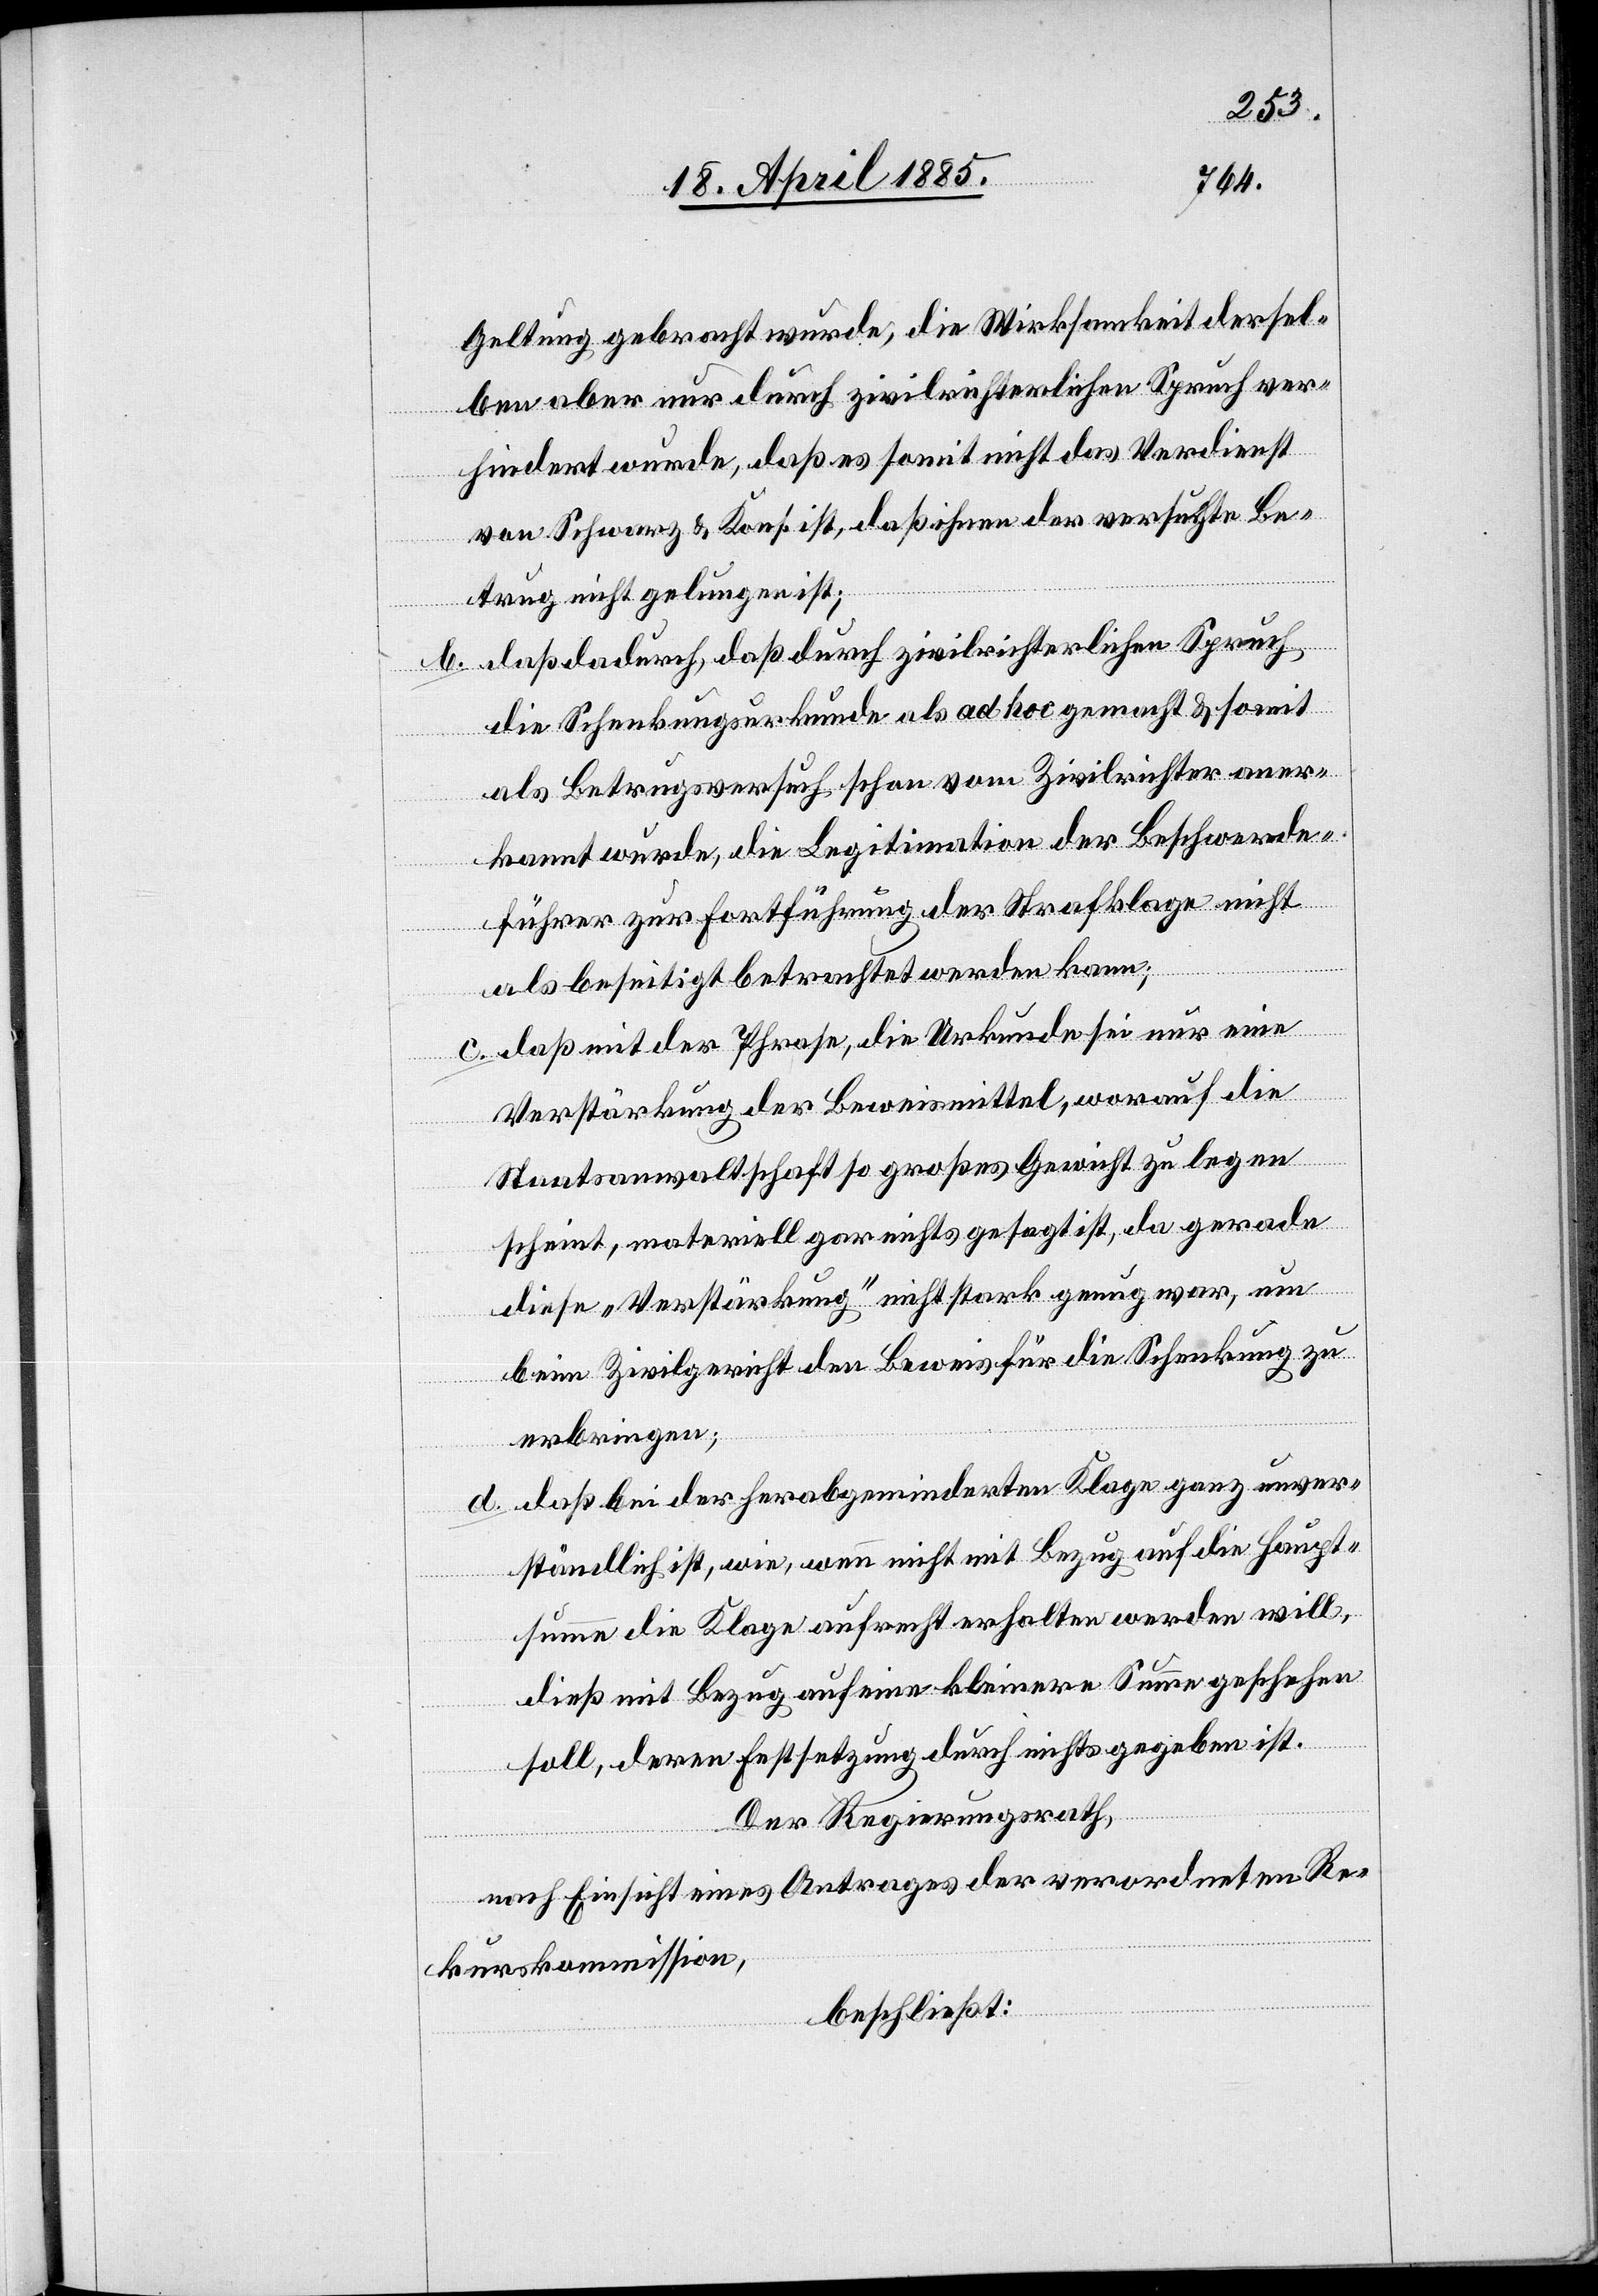
Geltung gebracht wurde, die Wirksamkeit dersel¬
ben aber nur durch zivilrichterlichen Spruch ver¬
hindert wurde, daß es somit nicht das Verdienst
von Schwarz & Kons. ist, daß ihnen der versuchte Be¬
trug nicht gelungen ist;
b. daß dadurch daß durch zivilrichterlichen Spruch
die Schenkungsurkunde als ad hoc gemacht & somit
als Betrugsversuch schon vom Zivilrichter aner¬
kannt wurde, die Legitimation der Beschwerde¬
führer zur Fortführung der Strafklage nicht
als beseitigt betrachtet werden kann;
c. daß mit der Phrase, die Urkunde sei nur eine
Verstärkung der Beweismittel, worauf die
Staatsanwaltschaft so großes Gewicht zu legen
scheint, materiell gar nichts gesagt ist, da gerade
diese „Verstärkung“ nicht stark genug war, um
beim Zivilgericht den Beweis für die Schenkung zu
erbringen;
d. daß bei der herabgeminderten Klage ganz unver¬
ständlich ist, wie, wenn nicht mit Bezug auf die Haupt¬
summe die Klage aufrecht erhalten werden will,
dieß mit Bezug auf eine kleinere Summe geschehen
soll, deren Festsetzung durch nichts gegeben ist.
Der Regierungsrath,
nach Einsicht eines Antrages der verordneten Re¬
kurskommission,
beschließt: